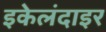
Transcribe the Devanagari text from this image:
इकेलंदाइर